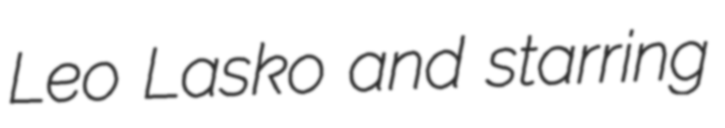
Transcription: Leo Lasko and starring